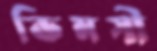
ভিমসী